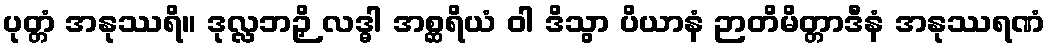
ပုတ္တံ အနုဿရိ။ ဒုလ္လဘဉှိ လဒ္ဓါ အစ္ဆရိယံ ဝါ ဒိသွာ ပိယာနံ ဉာတိမိတ္တာဒီနံ အနုဿရဏံ